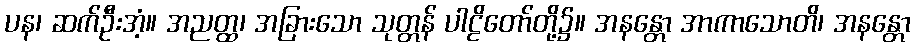
ပန၊ ဆက်ဦးအံ့။ အညတ္ထ၊ အခြားသော သုတ္တန် ပါဠိတော်တို့၌။ အနန္တော အာကာသောတိ၊ အနန္တော